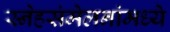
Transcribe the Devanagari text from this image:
स्नेहसंमेलनांमध्ये